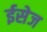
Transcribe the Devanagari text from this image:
ईसेज